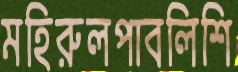
মহিরুলপাবলিশি